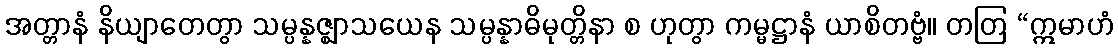
အတ္တာနံ နိယျာတေတွာ သမ္ပန္နဇ္ဈာသယေန သမ္ပန္နာဓိမုတ္တိနာ စ ဟုတွာ ကမ္မဋ္ဌာနံ ယာစိတဗ္ဗံ။ တတြ “ဣမာဟံ